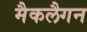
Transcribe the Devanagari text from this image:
मैकलैगन